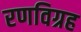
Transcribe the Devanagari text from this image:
रणविग्रह